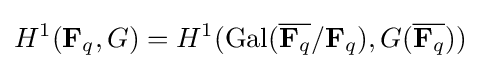
H^{1}(\mathbf {F} _{q},G)=H^{1}(\operatorname {Gal} ({\overline {\mathbf {F} _{q}}}/\mathbf {F} _{q}),G({\overline {\mathbf {F} _{q}}}))